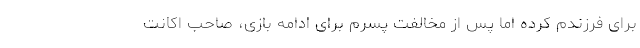
برای فرزندم کرده اما پس از مخالفت پسرم برای ادامه بازی، صاحب اکانت